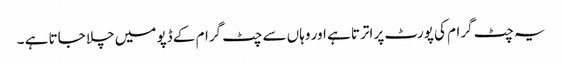
یہ چٹ گرام کی پورٹ پر اترتا ہے اور وہاں سے چٹ گرام کے ڈپو میں چلا جاتا ہے ۔